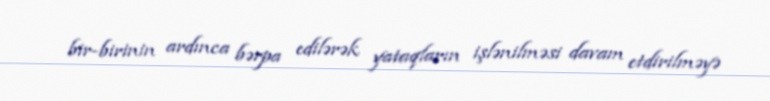
bir-birinin ardınca bərpa edilərək yataqların işlənilməsi davam etdirilməyə